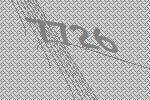
7726